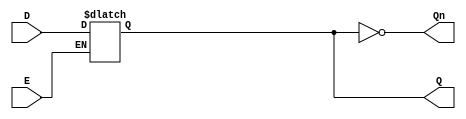
module GatedDLatch (
    input wire D,      // Data input
    input wire E,      // Enable input
    output reg Q,      // Output
    output wire Qn     // Complement of Q
);

// Complement of Q
assign Qn = ~Q;

// Always block to implement the latch behavior
always @(*) begin
    if (E) begin
        Q = D;  // Capture the value of D when E is high
    end
    // When E is low, Q retains its last value (latching behavior)
end

endmodule